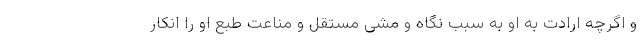
و اگرچه ارادت به او به سبب نگاه و مشی مستقل و مناعت طبع او را انکار